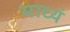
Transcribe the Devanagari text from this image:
माध्यं